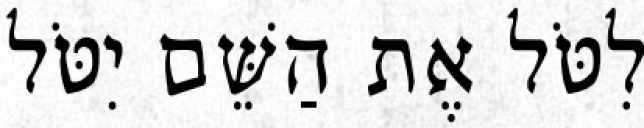
לִטֹּל אֶת הַשֵּׁם יִטֹּל